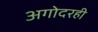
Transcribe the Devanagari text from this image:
अगोदरही